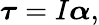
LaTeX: {\boldsymbol{\tau}}=I{\boldsymbol{\alpha}},